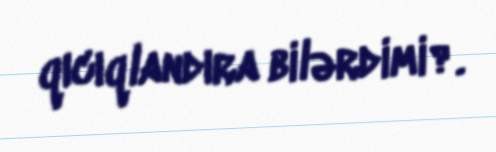
qıcıqlandıra bilərdimi?.